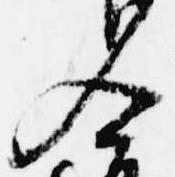
入